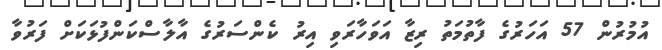
އުމުރުން 57 އަހަރުގެ ފާތުމަތު ރިޒާ އަވަހާރަވި އިރު ކެންސަރުގެ އާލާސްކަންފުޅަކަށް ފަރުވާ